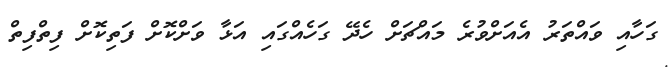
ގަހާއި ވައްތަރު އެއަށްވުރެ މައްޗަށް ހެދޭ ގަހެއްގައި އަޅާ ވަށްކޮށް ފަތިކޮށް ފިތްފިތް